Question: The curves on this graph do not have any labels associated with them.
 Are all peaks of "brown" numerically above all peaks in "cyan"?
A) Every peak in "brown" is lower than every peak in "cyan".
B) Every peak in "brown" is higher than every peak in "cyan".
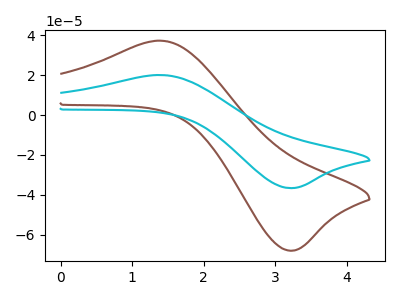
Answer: <think>The brown curve "brown" has an anodic peak at (1.40V, 37.30uA) and a cathodic peak at (3.20V, -67.95uA). The cyan curve "cyan" has an anodic peak at (1.40V, 20.10uA) and a cathodic peak at (3.20V, -36.60uA).</think>
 <answer>B) Every peak in "brown" is higher than every peak in "cyan".</answer>
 <eval>B</eval>